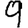
Digit: 9